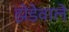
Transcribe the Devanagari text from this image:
झेंडेवाले